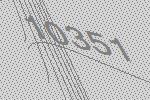
10351